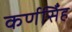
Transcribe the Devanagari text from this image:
कर्णसिँह